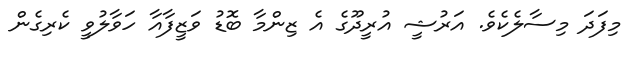
މިފަދަ މިސާލެކެވެ. އަރުޝީ އުރީދޫގެ އެ ޒިންމާ ބޮޑު ވަޒީފާއާ ހަވާލުވީ ކެރިގެން